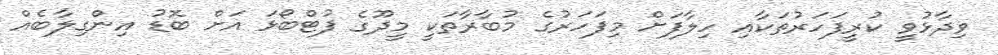
ވިދާޅުވީ ކުރީފަހަރުތަކާއި ހިލާފަށް މިފަހަރުގެ މުބާރާތަކީ މީދޫގެ ފުޓްބޯޅަ އަށް ބޮޑު އިންގިލާބެއް